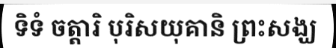
ទិទំ ចត្តារិ បុរិសយុគានិ ព្រះសង្ឃ